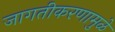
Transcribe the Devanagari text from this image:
जागतीकरणामुळे